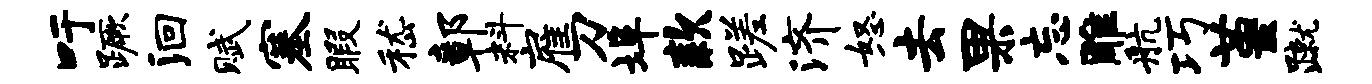
吁蹶洄赋塞暇嵇鄣料雇刀埠款蹉济怒去果忘雕航巧堇蹴